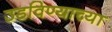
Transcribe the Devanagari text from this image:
उडविण्याच्या